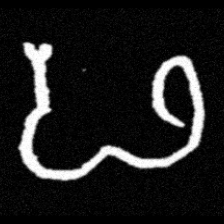
Pyu character \u2014 Myanmar letter: ဖ (romanized: pha)